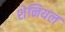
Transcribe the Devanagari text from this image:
शेनियल